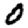
Digit: 0